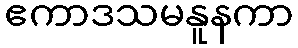
ဧကာဒသမနူနကာ